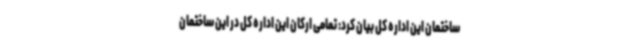
ساختمان این اداره کل بیان کرد: تمامی ارکان این اداره کل در این ساختمان